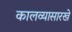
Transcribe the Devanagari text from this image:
कालव्यासारखे